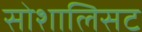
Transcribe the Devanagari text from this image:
सोशालिसट